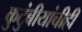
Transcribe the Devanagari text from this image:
कुटुंबीयांचीही